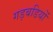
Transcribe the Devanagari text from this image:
गड़बडियों